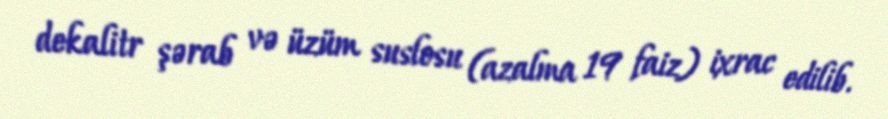
dekalitr şərab və üzüm suslosu (azalma 19 faiz) ixrac edilib.